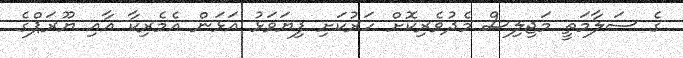
ގެ ސަލާމަތީ މަޖިލިސް މެދުވެރިކޮށް ހަރުކަށި ފިޔަވަޅު އަޅަން އެމެރިކާ އާއި ޔޫރަޕްގެ